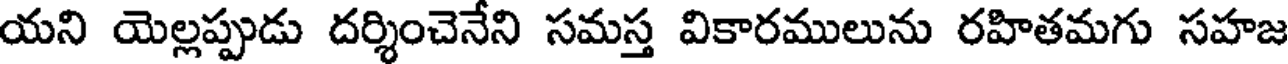
యని యెల్లప్పుడు దర్శించెనేని సమస్త వికారములును రహితమగు సహజ